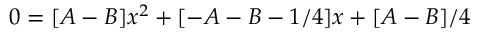
0 = [ A - B ] x ^ { 2 } + [ - A - B - 1 / 4 ] x + [ A - B ] / 4